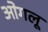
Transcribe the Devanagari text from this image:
ओगलू